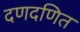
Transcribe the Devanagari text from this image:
दणदणित